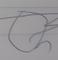
Signature authenticity: forged